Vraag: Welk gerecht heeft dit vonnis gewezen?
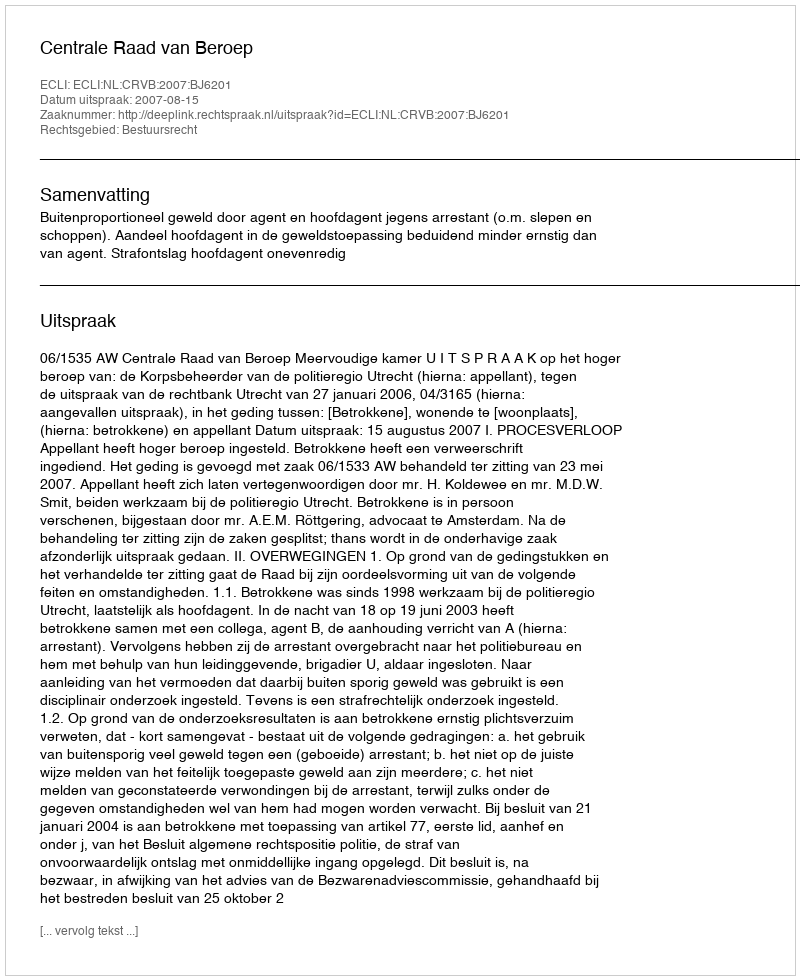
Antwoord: Centrale Raad van Beroep